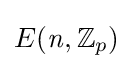
E({\mathit {n}},\mathbb {Z} _{p})